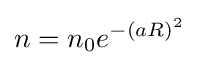
n=n_{0}e^{-(aR)^{2}}